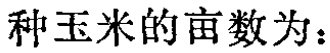
种玉米的亩数为：